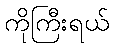
ကိုကြီးရယ်